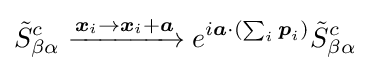
{\tilde {S}}_{\beta \alpha }^{c}\xrightarrow {{\boldsymbol {x}}_{i}\rightarrow {\boldsymbol {x}}_{i}+{\boldsymbol {a}}} e^{i{\boldsymbol {a}}\cdot (\sum _{i}{\boldsymbol {p}}_{i})}{\tilde {S}}_{\beta \alpha }^{c}